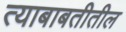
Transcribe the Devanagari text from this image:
त्याबाबतीतील